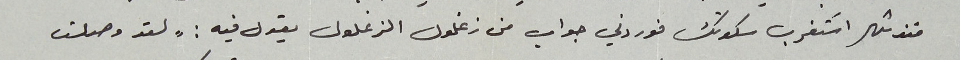
منذ شهر اسَتغرب سكوتك فوردني جواب من زغلول الزغلول يقول فيه : "لقد وصلت